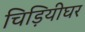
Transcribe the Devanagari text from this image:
चिड़ियीघर